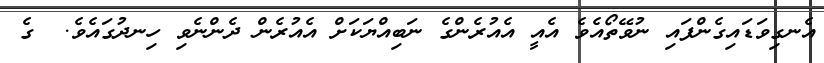
އެނގިވަޑައިގެންފައި ނުވޭތޯއެވެ އެއީ އެއުރެންގެ ނަބިއްޔަކަށް އެއުރެން ދެންނެވި ހިނދުގައެވެ.  ގެ